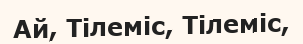
Ай, Тілеміс, Тілеміс,